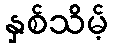
နှစ်သိမ့်